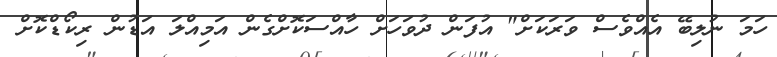
ހަމަ ނުލިބޭ އެއްވެސް ވަރަކަށް" އުފަން ދުވަހަށް ހާއްސަކޮށްގެން އަމިއްލަ އަޑުން ރިކޯޑްކޮށް